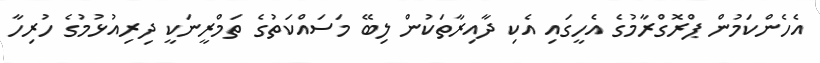
އެހެންކަމުން ޕްރޮގްރާމުގެ އެހީގައި އެކި ދާއިރާތަކުން ލިބޭ މަސައްކަތުގެ ތަމްރީނަކީ ދިރިއުޅުމުގެ ހުރިހާ